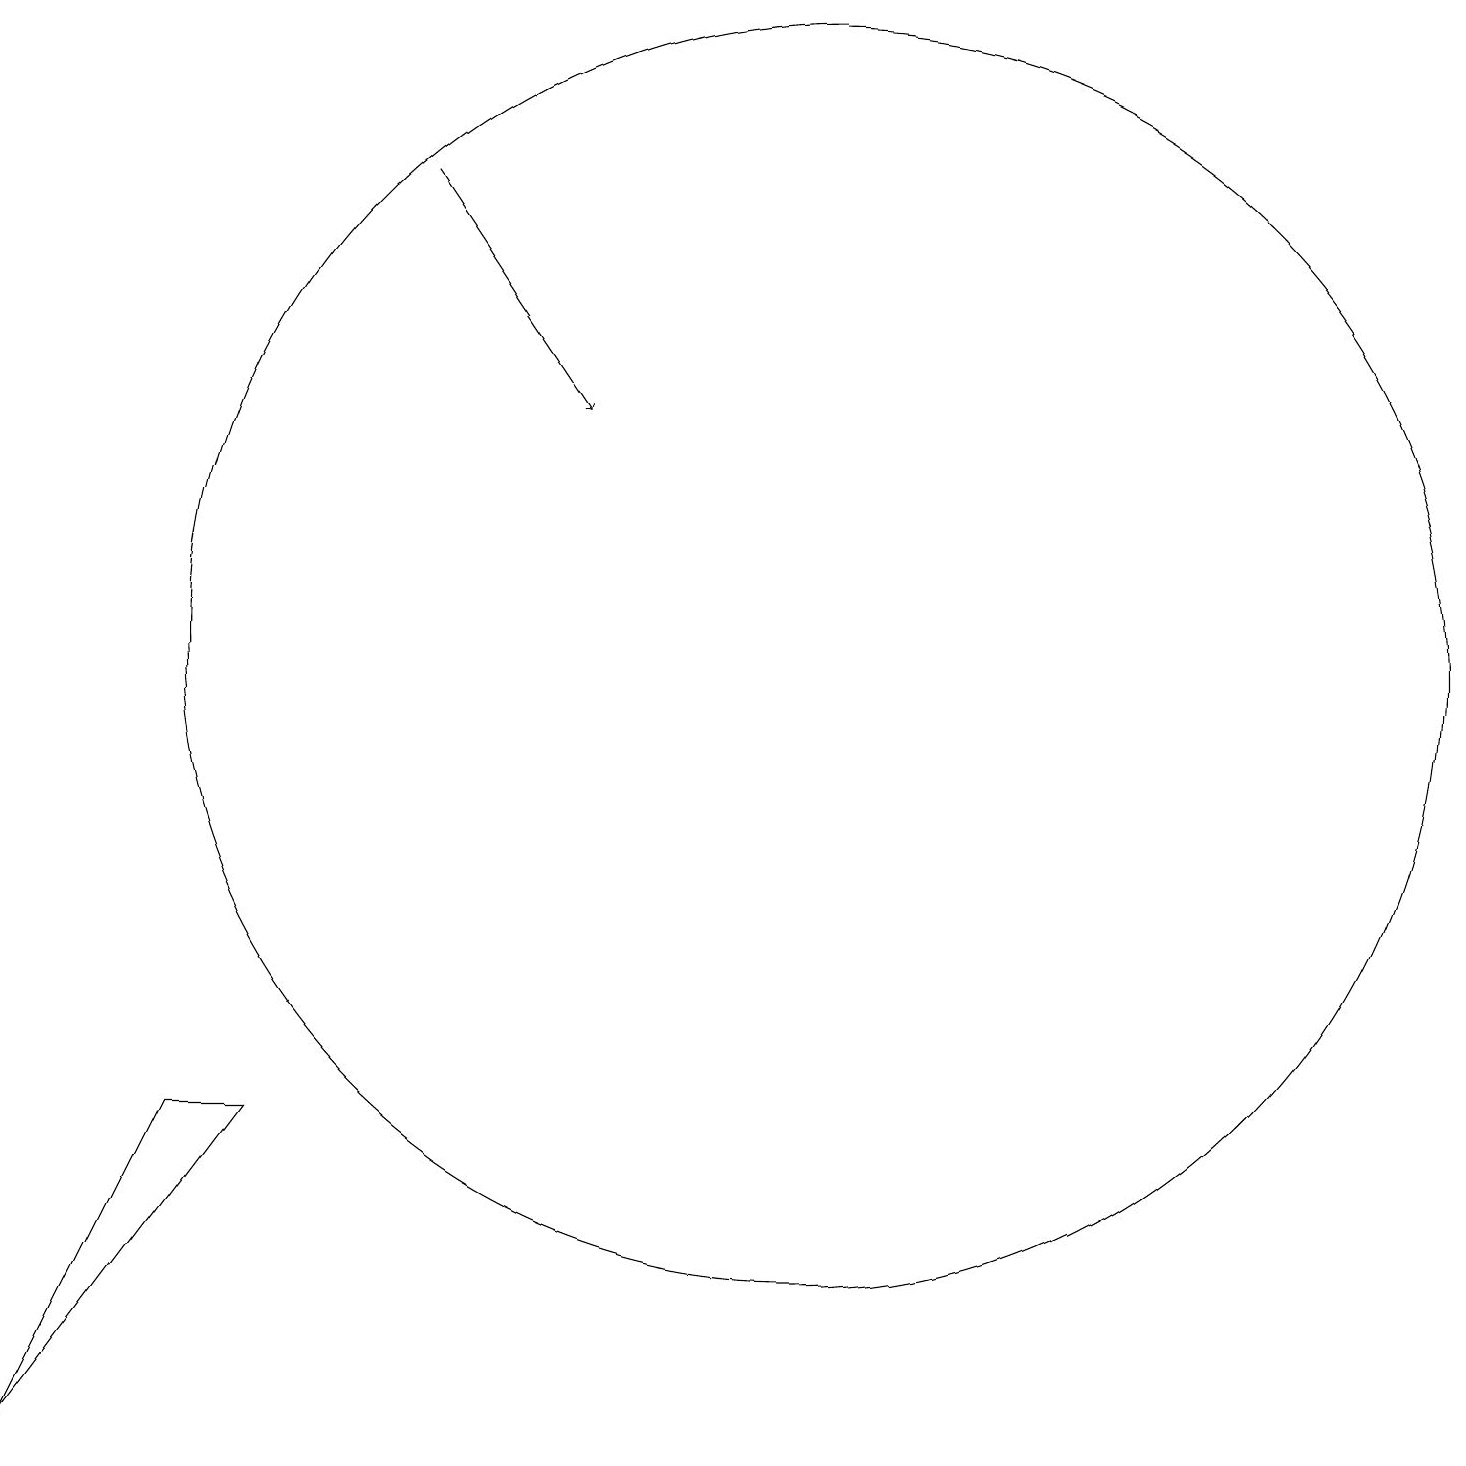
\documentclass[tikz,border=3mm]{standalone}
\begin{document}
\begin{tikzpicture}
\draw (11,10) circle (8);
\draw[->] (6,16) -- (8,13);
\draw (4,4) -- (3,4) -- (1,0) -- cycle;
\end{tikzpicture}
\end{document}